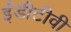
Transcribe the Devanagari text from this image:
ईडीटीवी